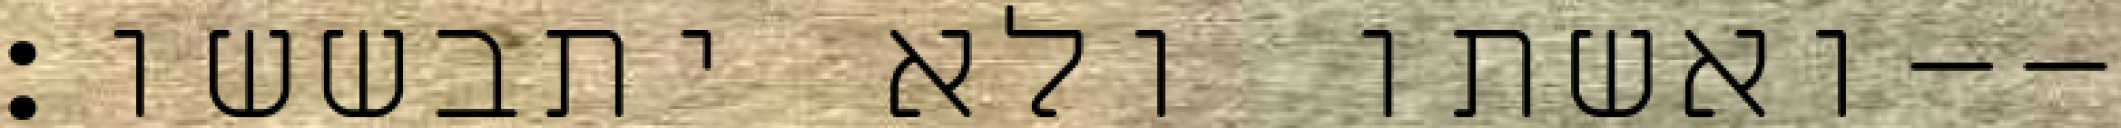
ואשתו ולא יתבששו׃--